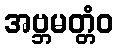
အဗ္ဘမတ္တံဝ